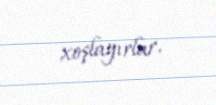
xoşlayırlar.